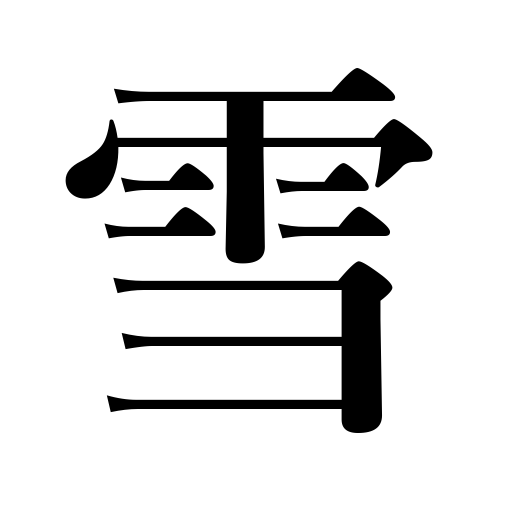
Meanings: snowfall,snow